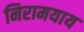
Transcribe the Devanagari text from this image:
निरामयाय